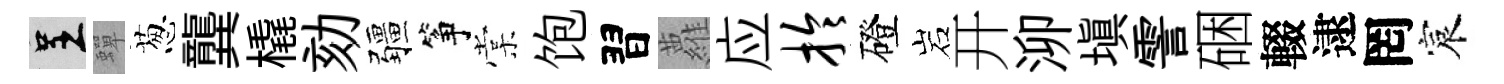
呈蟬葱龔橇劾疆筝棠饱習蘿应拎磴岩开泖填霅硱輟逮罔宸